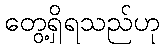
တွေ့ရှိရသည်ဟု